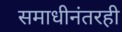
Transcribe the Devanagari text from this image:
समाधीनंतरही